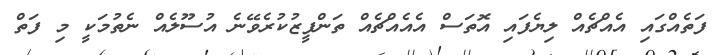
ފަތެއްގައި އެއްޗެއް ލިޔެފައި އޮތަސް އެއެއްޗެއް ތަންފީޒުކުރެވޭނެ އުސޫލެއް ނެތުމަކީ މި ފަތް